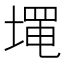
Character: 𰊓